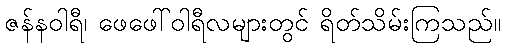
ဇန်နဝါရီ၊ ဖေဖေါ်ဝါရီလများတွင် ရိတ်သိမ်းကြသည်။